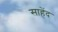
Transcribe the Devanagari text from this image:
साहेंद